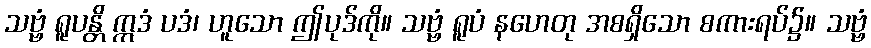
သဗ္ဗံ ရူပန္တိ ဣဒံ ပဒံ၊ ဟူသော ဤပုဒ်ကို။ သဗ္ဗံ ရူပံ နဟေတု အစရှိသော စကားရပ်၌။ သဗ္ဗံ